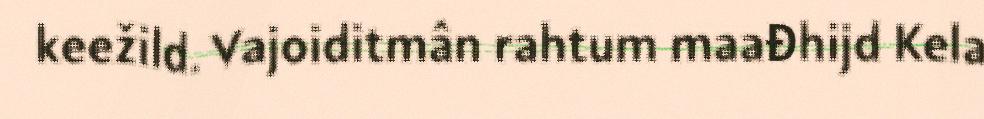
keežild. Vajoiditmân rahtum maađhijd Kela